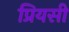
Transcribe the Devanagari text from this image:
प्रियसी